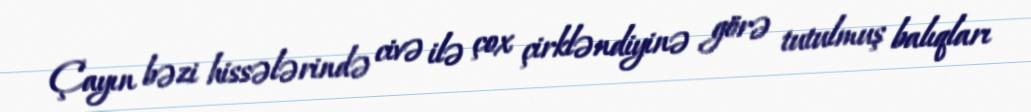
Çayın bəzi hissələrində civə ilə çox çirkləndiyinə görə tutulmuş balıqları